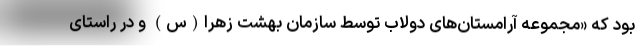
بود که «مجموعه آرامستان‌های دولاب توسط سازمان بهشت زهرا(س) و در راستای